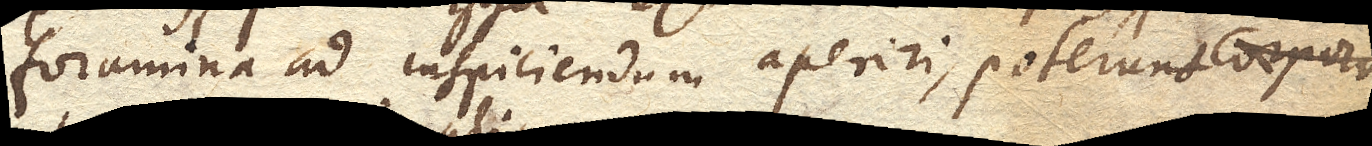
foramina ad inspiciendum aperiri, poterunt corpora